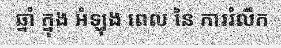
ឆ្នាំ ក្នុង អំឡុង ពេល នៃ ការរំលឹក